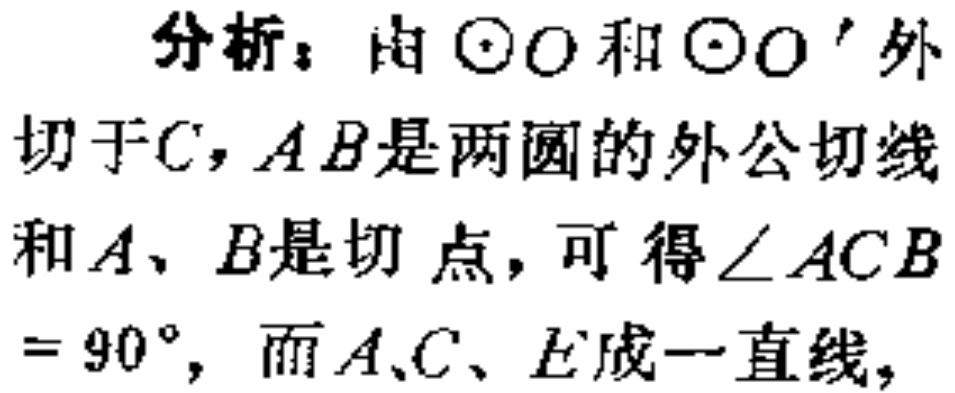
分析：由$\odot O$和$\odot O^{\prime}$外切于$C$，$AB$是两圆的外公切线，$A、B$是切点，可得$\angle ACB = 90^{\circ}$，而$A、C、E$成一直线，